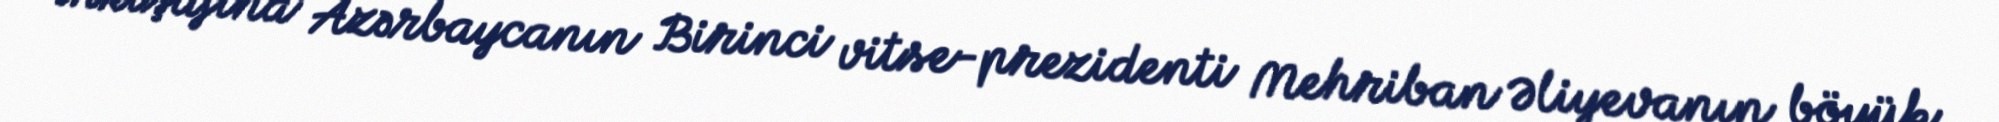
inkişafına Azərbaycanın Birinci vitse-prezidenti Mehriban Əliyevanın böyük